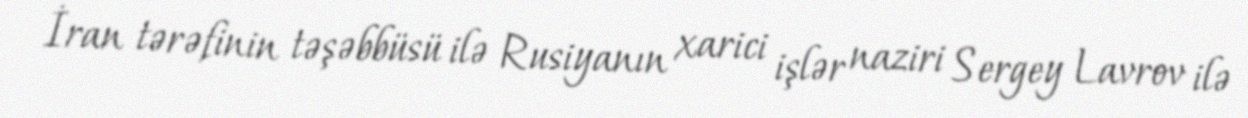
İran tərəfinin təşəbbüsü ilə Rusiyanın xarici işlər naziri Sergey Lavrov ilə